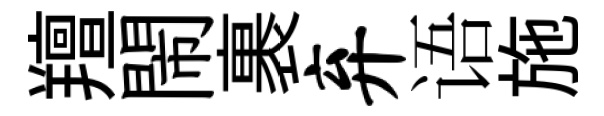
羶閙裹弃语施